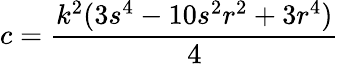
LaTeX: c={\frac{k^{2}(3s^{4}-10s^{2}r^{2}+3r^{4})}{4}}